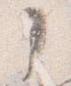
了